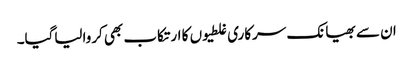
ان سے بھیانک سرکاری غلطیوں کا ارتکاب بھی کروالیاگیا۔